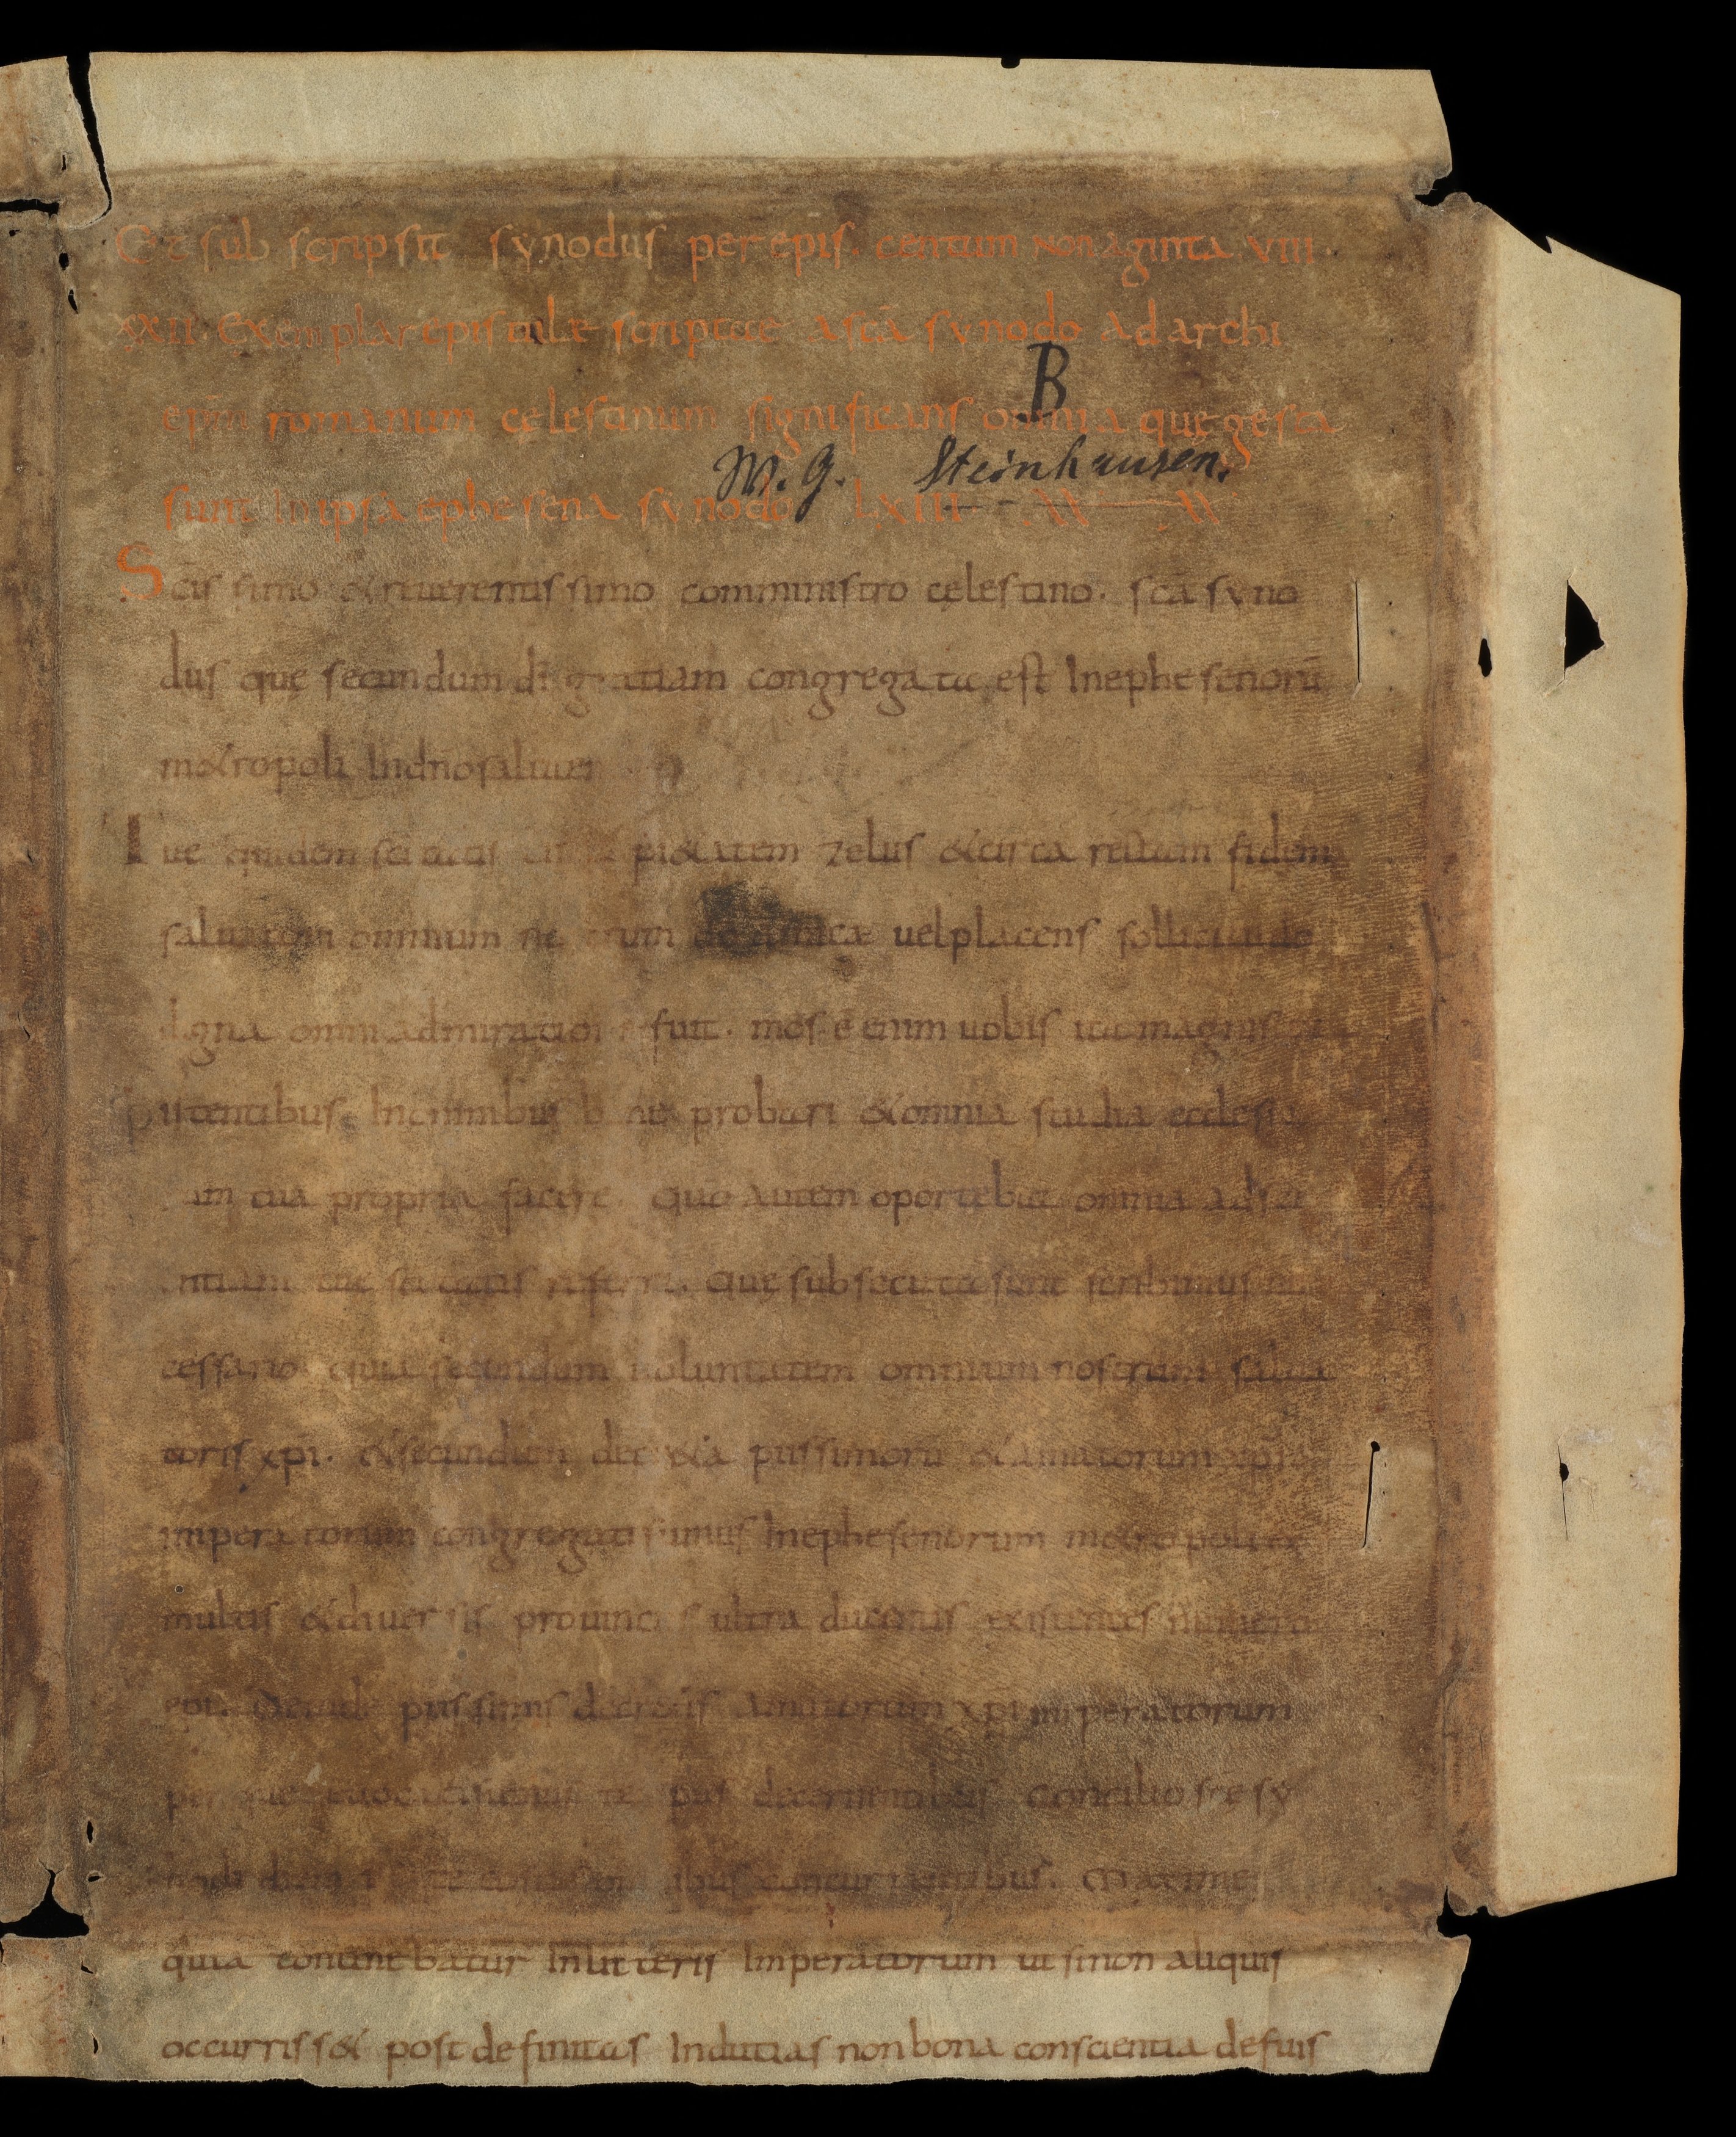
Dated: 834–865